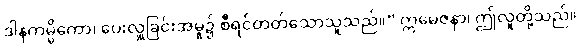
ဒါနကမ္မိကော၊ ပေးလှူခြင်းအမှု၌ စီရင်တတ်သောသူသည်။” ဣမေဇနာ၊ ဤလူတို့သည်။